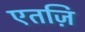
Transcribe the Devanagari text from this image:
एतज़ि